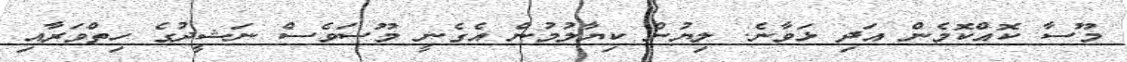
މޫސާ ކޮއްކޮމެން އަދި ޅަވާނެ. ލިޔުން ކިޔާލުމުން އެގެނީ މޫސަވެސް ނަޝީދުގެ ހިތްވަރާއި